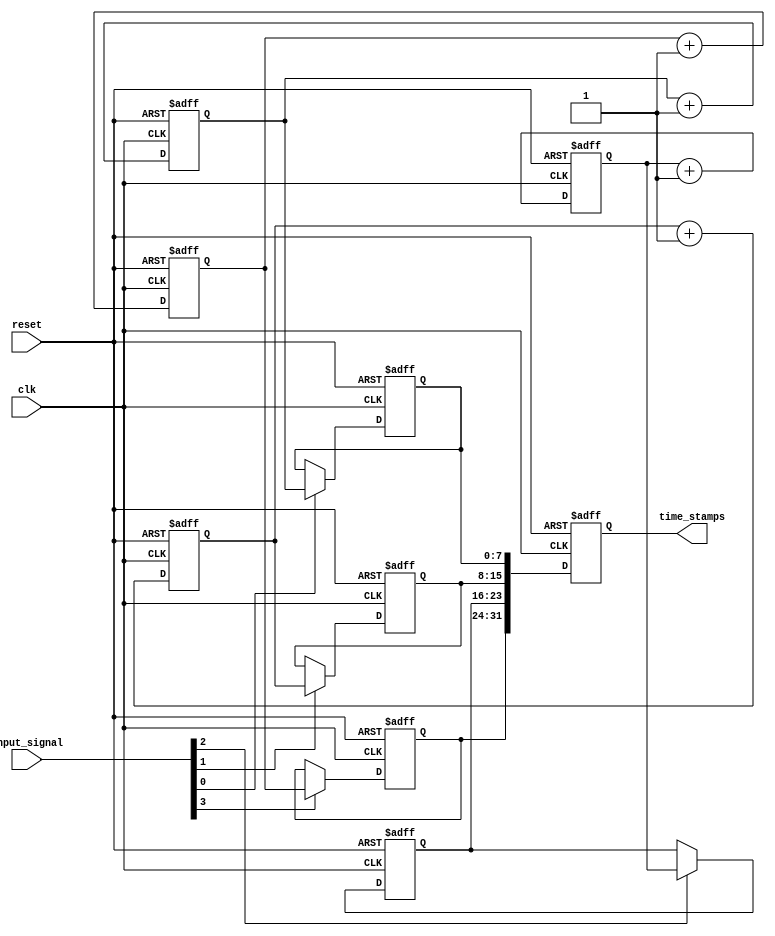
module TDC #(
    parameter NUM_TDC_UNITS = 4, // Number of time-interleaved TDC units
    parameter CLOCK_FREQ = 100,   // Clock frequency in MHz
    parameter TIME_RESOLUTION = 10 // Time resolution in ns
)(
    input wire clk,                // High-frequency clock
    input wire reset,              // Reset signal
    input wire [NUM_TDC_UNITS-1:0] input_signal, // Input pulse signals
    output reg [NUM_TDC_UNITS*8-1:0] time_stamps // Output time stamps (8 bits per TDC unit)
);

    // Memory blocks for storing time stamps
    reg [7:0] memory [0:NUM_TDC_UNITS-1]; // 8-bit memory for each TDC unit
    reg [7:0] count [0:NUM_TDC_UNITS-1];  // Count for each TDC unit

    // Control logic
    integer i;
    always @(posedge clk or posedge reset) begin
        if (reset) begin
            // Reset memory and count
            for (i = 0; i < NUM_TDC_UNITS; i = i + 1) begin
                memory[i] <= 8'b0;
                count[i] <= 8'b0;
            end
            time_stamps <= 0;
        end else begin
            // Capture time stamps on rising edge of input signals
            for (i = 0; i < NUM_TDC_UNITS; i = i + 1) begin
                if (input_signal[i]) begin
                    // Capture the count value as a timestamp
                    memory[i] <= count[i];
                end
                // Increment count for each clock cycle
                count[i] <= count[i] + 1;
            end
            // Consolidate time stamps for output
            time_stamps <= {memory[NUM_TDC_UNITS-1], memory[NUM_TDC_UNITS-2], 
                             memory[NUM_TDC_UNITS-3], memory[NUM_TDC_UNITS-4]};
        end
    end

endmodule